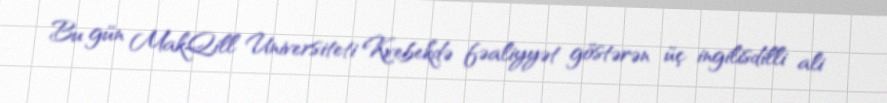
Bu gün MakQill Universiteti Kvebekdə fəaliyyət göstərən üç ingilisdilli ali